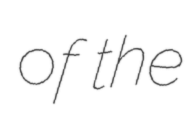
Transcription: of the